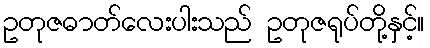
ဥတုဇဓာတ်လေးပါးသည် ဥတုဇရုပ်တို့နှင့်။